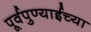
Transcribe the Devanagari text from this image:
पूर्वपुण्याईच्या